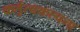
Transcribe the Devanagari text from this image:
कर्तृत्वकल्पना